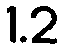
1.2